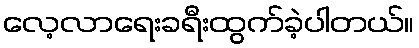
လေ့လာရေးခရီးထွက်ခဲ့ပါတယ်။